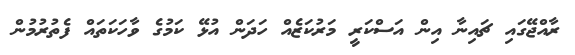
ރާއްޖޭގައި ޗައިނާ އިން އަސްކަރީ މަރުކަޒެއް ހަދަން އުޅޭ ކަމުގެ ވާހަކަތައް ފެތުރުމުން